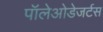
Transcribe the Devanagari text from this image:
पॉलेओडेजर्टस